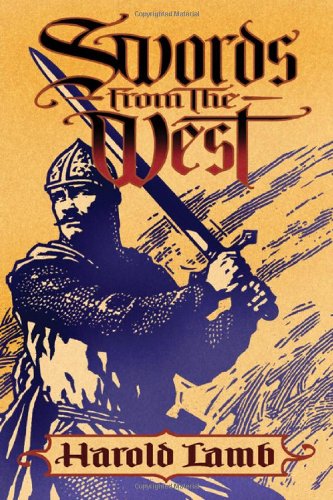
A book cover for Swords from the West; Harold Lamb; Literature & Fiction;